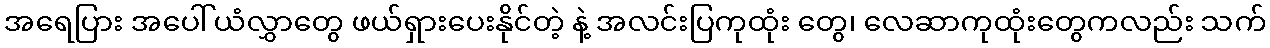
အရေပြား အပေါ်ယံလွှာတွေ ဖယ်ရှားပေးနိုင်တဲ့ နဲ့ အလင်းပြကုထုံး တွေ၊ လေဆာကုထုံးတွေကလည်း သက်